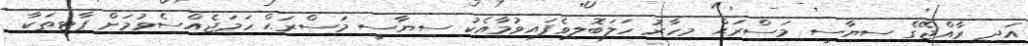
އަދި ރާއްޖޭގެ ސިޔާސީ މަސްރަޙް މިހާރު ހަލަބޮލިވެފައިވުމާއެކު ސިޔާސީ މަސްރަޙް ހަމަޖެއްސެވުމަށް ޕާޓީތަކާ